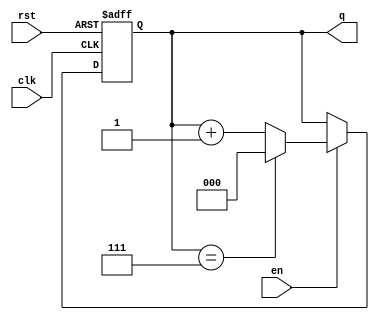
module binary_counter #(
    parameter N = 3  // Parameter to set the number of bits in the counter
)(
    input wire clk,   // Clock signal
    input wire rst,   // Asynchronous reset signal
    input wire en,    // Enable signal
    output reg [N-1:0] q  // Current count value
);

// Always block for the counter operation
always @(posedge clk or posedge rst) begin
    if (rst) begin
        // Asynchronous reset
        q <= 0;  // Reset counter to 0
    end else if (en) begin
        // Increment counter when enabled
        if (q == (1 << N) - 1) begin
            q <= 0;  // Roll over to 0 when max value is reached
        end else begin
            q <= q + 1;  // Increment counter
        end
    end
end

endmodule